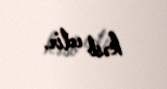
kəsb edir.